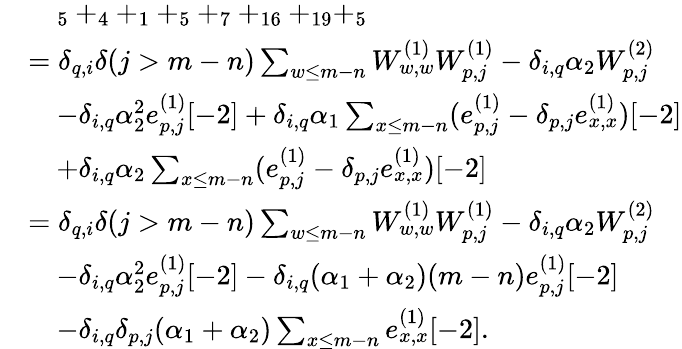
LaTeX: \begin{array}{rl}&{\quad_{5}+_{4}+_{1}+_{5}+_{7}+_{16}+_{19}+_{5}}\\ &{=\delta_{q,i}\delta(j>m-n)\sum_{\substack{w\leq m-n}}W_{w,w}^{(1)}W_{p,j}^{(1)}-\delta_{i,q}\alpha_{2}W_{p,j}^{(2)}}\\ &{\quad-\delta_{i,q}\alpha_{2}^{2}e_{p,j}^{(1)}[-2]+\delta_{i,q}\alpha_{1}\sum_{x\leq m-n}(e_{p,j}^{(1)}-\delta_{p,j}e_{x,x}^{(1)})[-2]}\\ &{\quad+\delta_{i,q}\alpha_{2}\sum_{x\leq m-n}(e_{p,j}^{(1)}-\delta_{p,j}e_{x,x}^{(1)})[-2]}\\ &{=\delta_{q,i}\delta(j>m-n)\sum_{\substack{w\leq m-n}}W_{w,w}^{(1)}W_{p,j}^{(1)}-\delta_{i,q}\alpha_{2}W_{p,j}^{(2)}}\\ &{\quad-\delta_{i,q}\alpha_{2}^{2}e_{p,j}^{(1)}[-2]-\delta_{i,q}(\alpha_{1}+\alpha_{2})(m-n)e_{p,j}^{(1)}[-2]}\\ &{\quad-\delta_{i,q}\delta_{p,j}(\alpha_{1}+\alpha_{2})\sum_{x\leq m-n}e_{x,x}^{(1)}[-2].}\end{array}